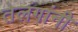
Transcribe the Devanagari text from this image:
तेलंगांनी